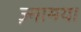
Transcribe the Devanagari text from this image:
ज़्नामया